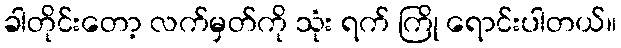
ခါတိုင်းတော့ လက်မှတ်ကို သုံး ရက် ကြို ရောင်းပါတယ်။